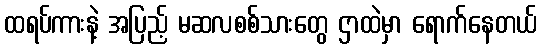
ထရပ်ကားနဲ့ အပြည့် မဆလစစ်သားတွေ ဌာထဲမှာ ရောက်နေတယ်